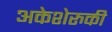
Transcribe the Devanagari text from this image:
अकेशेरुकी